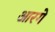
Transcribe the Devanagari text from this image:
आरगे